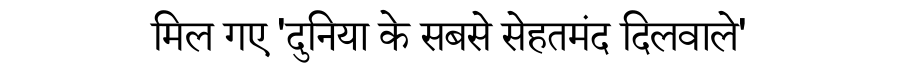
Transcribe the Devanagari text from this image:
मिल गए 'दुनिया के सबसे सेहतमंद दिलवाले'